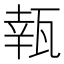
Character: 㼬